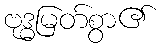
ဗုဒ္ဓမြတ်စွာ၏